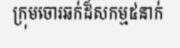
ក្រុមចោរឆក់ដ៏សកម្ម៥នាក់